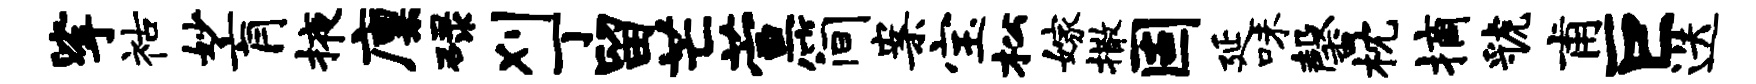
挲祜妙肓掖廪碌刈丁留芒萱简案宝松嫁撒固延味馨枕摘虢甫巨迭